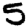
Digit: 5